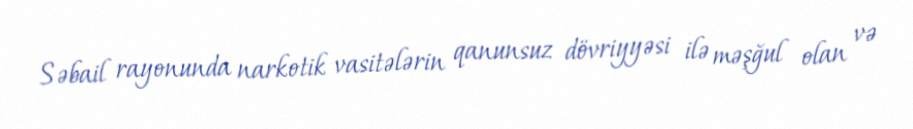
Səbail rayonunda narkotik vasitələrin qanunsuz dövriyyəsi ilə məşğul olan və